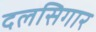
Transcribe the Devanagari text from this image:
दलसिगार